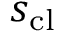
s _ { \mathrm { c l } }